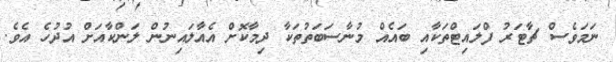
ނަމަވެސް ޗާޓަރު ފްލައިޓްތަކާއި ބައެއް މުނާސަބަތުތަކާ ދިމާކޮށް އެއާލައިނުން ލަންކާއަށް އުދުހެ އެވެ.